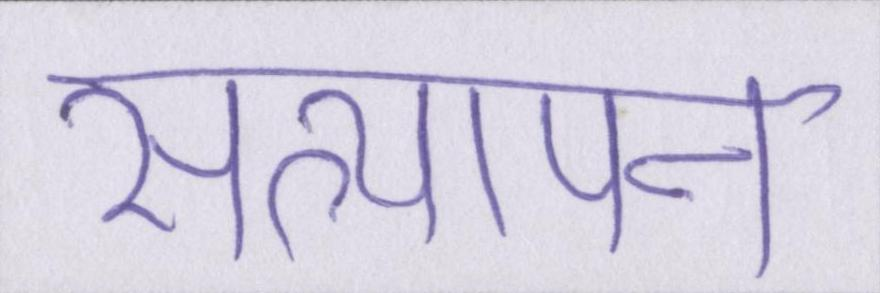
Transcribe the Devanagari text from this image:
सत्यापन